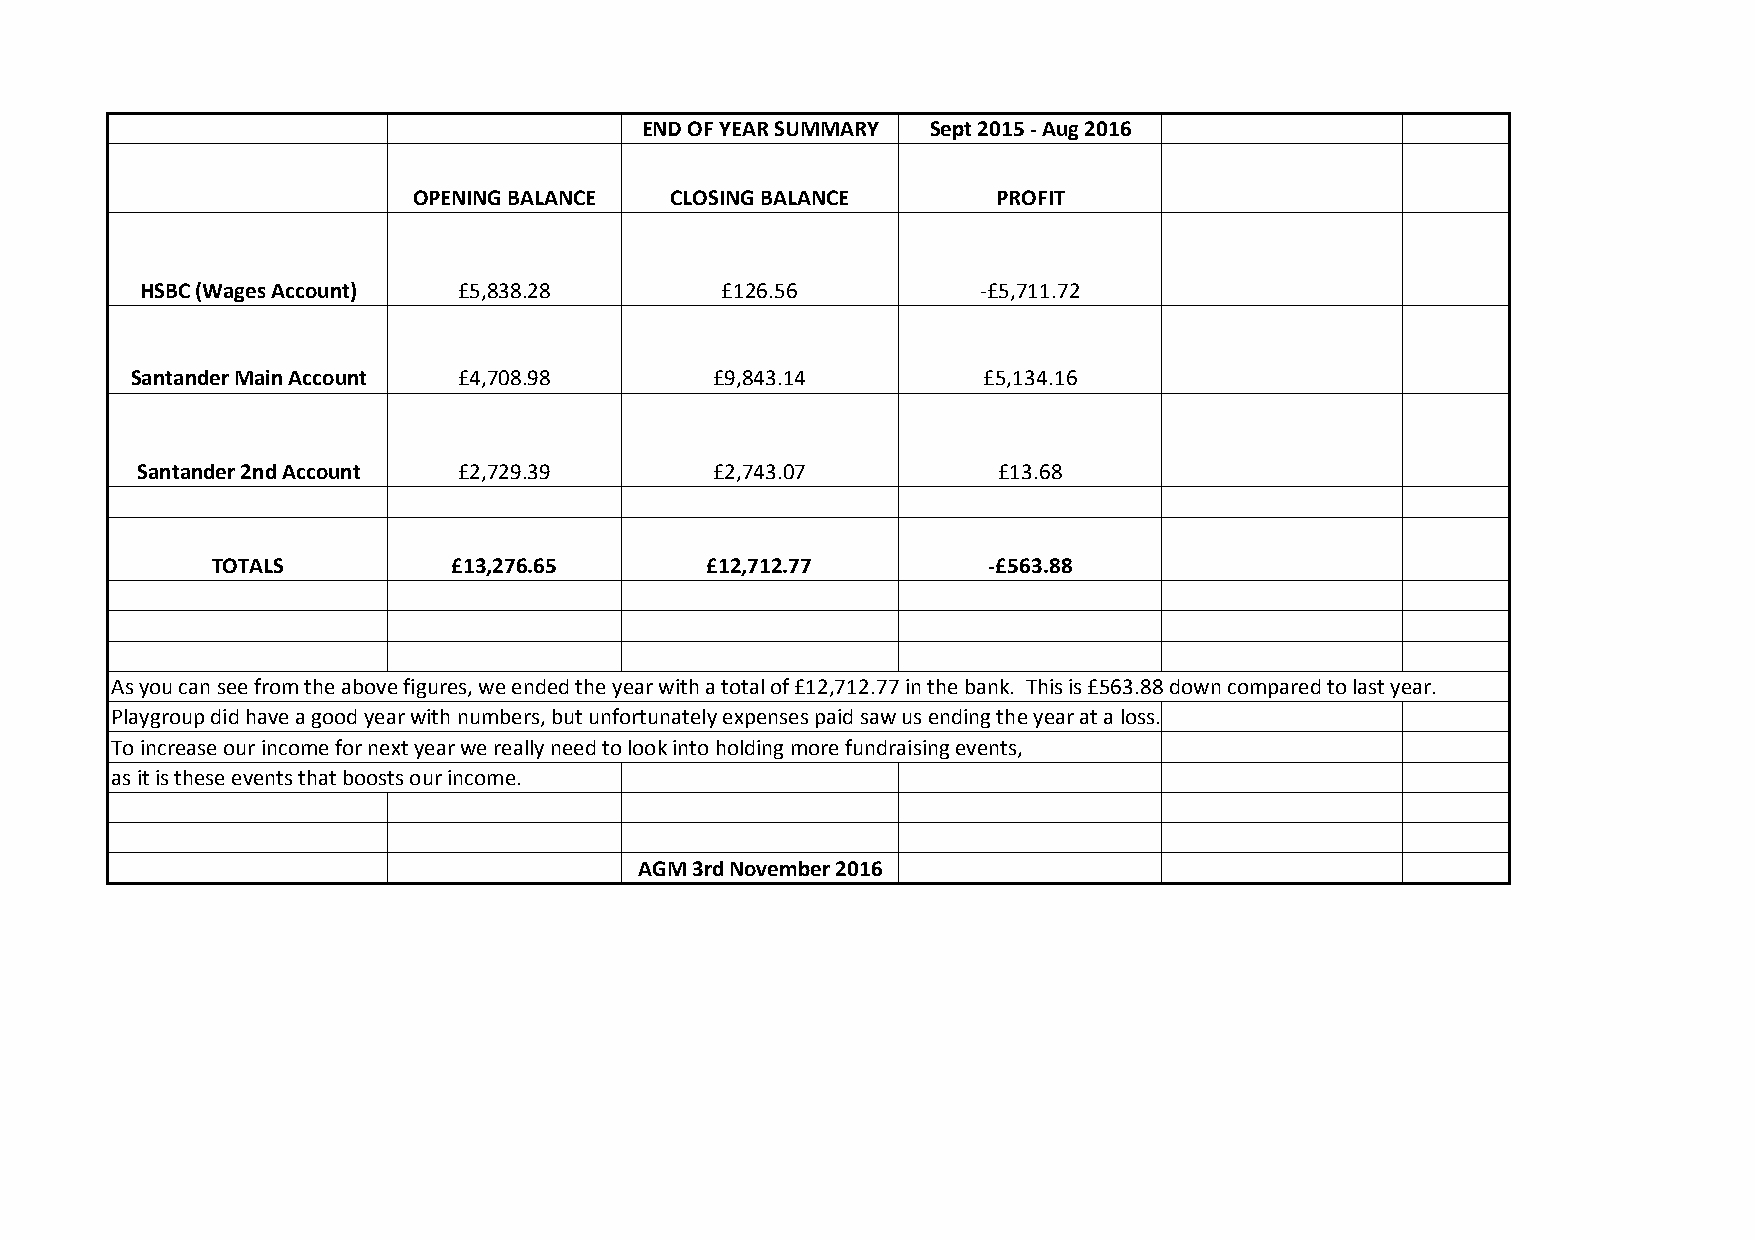
END OF YEAR SUMMARY Sept 2015 - Aug 2016
 OPENING BALANCE  CLOSING BALANCE       PROFIT
 HSBC (Wages Account) £5,838.28         £126.56          -£5,711.72
 Santander Main Account £4,708.98      £9,843.14         £5,134.16
 Santander 2nd Account £2,729.39       £2,743.07          £13.68
 TOTALS          £13,276.65       £12,712.77        -£563.88
 As you can see from the above figures, we ended the year with a total of £12,712.77 in the bank. This is £563.88 down compared to last year.
 Playgroup did have a good year with numbers, but unfortunately expenses paid saw us ending the year at a loss.
 To increase our income for next year we really need to look into holding more fundraising events,
 as it is these events that boosts our income.
 AGM 3rd November 2016